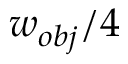
w _ { o b j } / 4